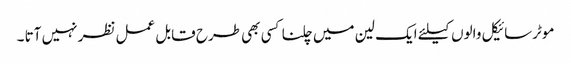
موٹرسائیکل والوں کیلئے ایک لین میں چلنا کسی بھی طرح قابل عمل نظر نہیں آتا ۔